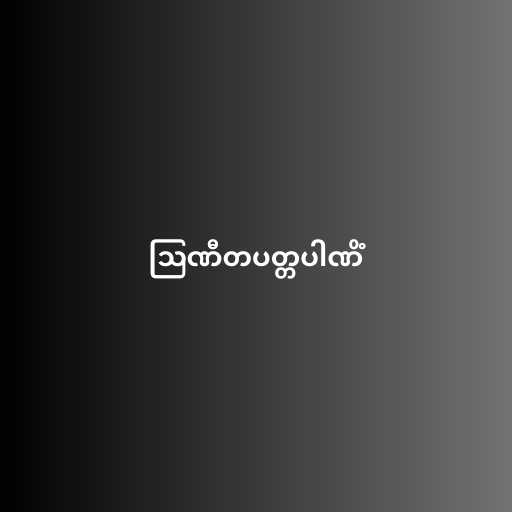
ဩဏီတပတ္တပါဏိံ